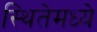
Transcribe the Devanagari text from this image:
स्थितेमध्ये